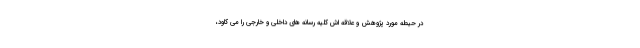
در حیطه مورد پژوهش و علاقه اش کلیه رسانه های داخلی و خارجی را می کاود،